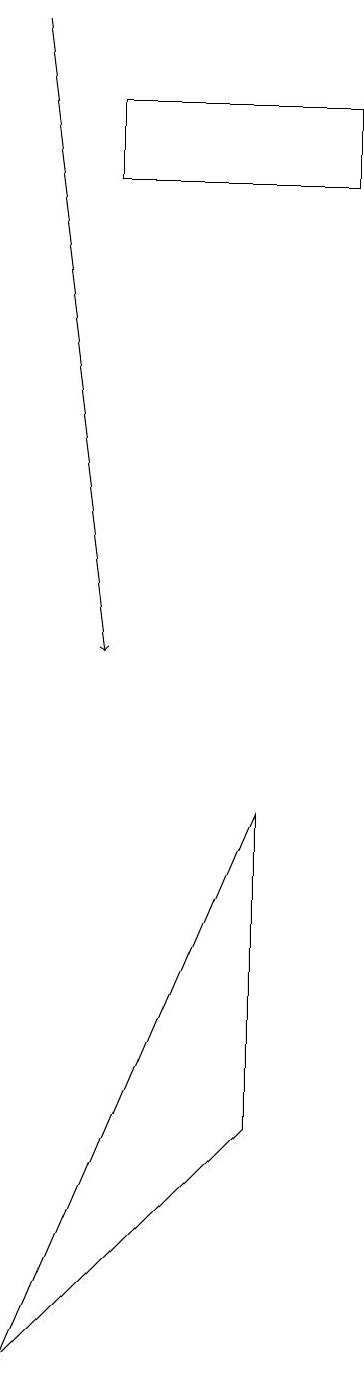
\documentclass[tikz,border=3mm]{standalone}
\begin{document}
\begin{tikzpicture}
\draw[->] (2,18) -- (3,10);
\draw (5,4) -- (5,8) -- (2,1) -- cycle;
\draw (6,16) rectangle (3,17);
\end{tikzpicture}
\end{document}